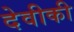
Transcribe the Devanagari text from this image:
देवीकी